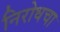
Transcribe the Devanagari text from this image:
निरोधचा